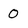
Character: 0